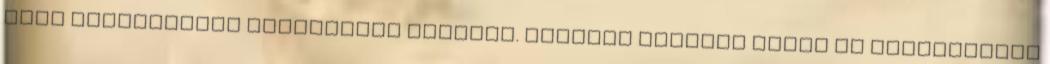
több települését összefogva működik. Komplex projekt lévén az információs